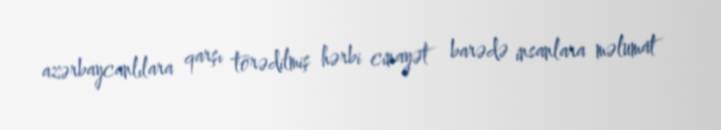
azərbaycanlılara qarşı törədilmiş hərbi cinayət barədə insanlara məlumat